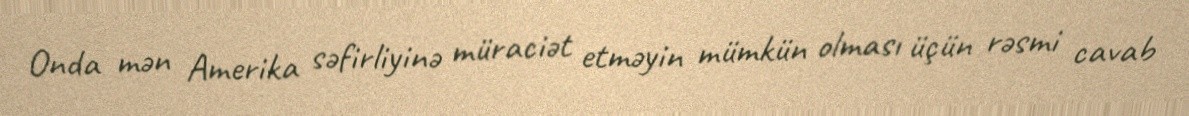
Onda mən Amerika səfirliyinə müraciət etməyin mümkün olması üçün rəsmi cavab